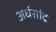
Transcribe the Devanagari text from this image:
अर्धसांद्र